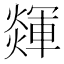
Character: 𤐕